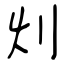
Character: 灲